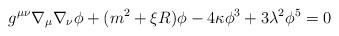
LaTeX: \begin{align*}g^{\mu \nu }\nabla _\mu \nabla _\nu \phi +(m^2+\xi R)\phi -4\kappa\phi ^3+3\lambda ^2\phi ^5=0\end{align*}